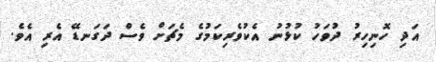
އަދި ހޮނިހިރު ދުވަހު ކުޅުނު އެކުވެރިކަމުގެ މެޗަށް ވެސް ދަގަނޑޭ އެރި އެވެ.